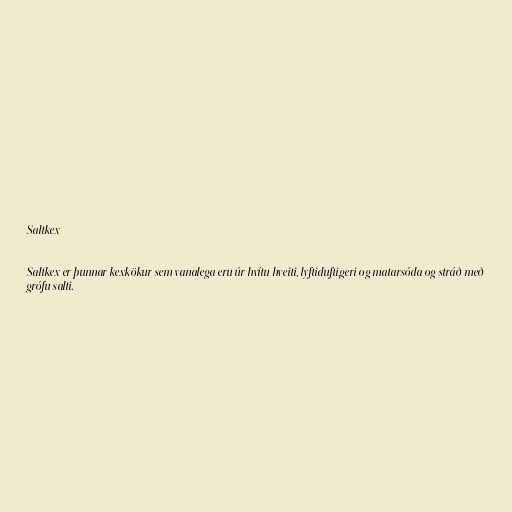
Saltkex

Saltkex er þunnar kexkökur sem vanalega eru úr hvítu hveiti, lyftidufti,geri og matarsóda og stráð með
grófu salti.